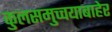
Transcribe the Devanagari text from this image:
कुलसमुच्चयाबाहेर